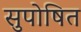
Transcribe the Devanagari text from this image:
सुपोषित